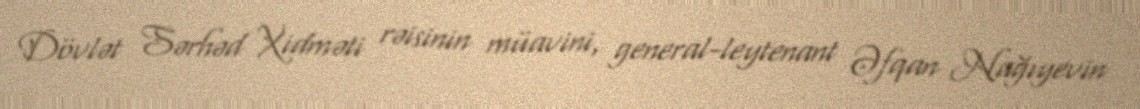
Dövlət Sərhəd Xidməti rəisinin müavini, general-leytenant Əfqan Nağıyevin